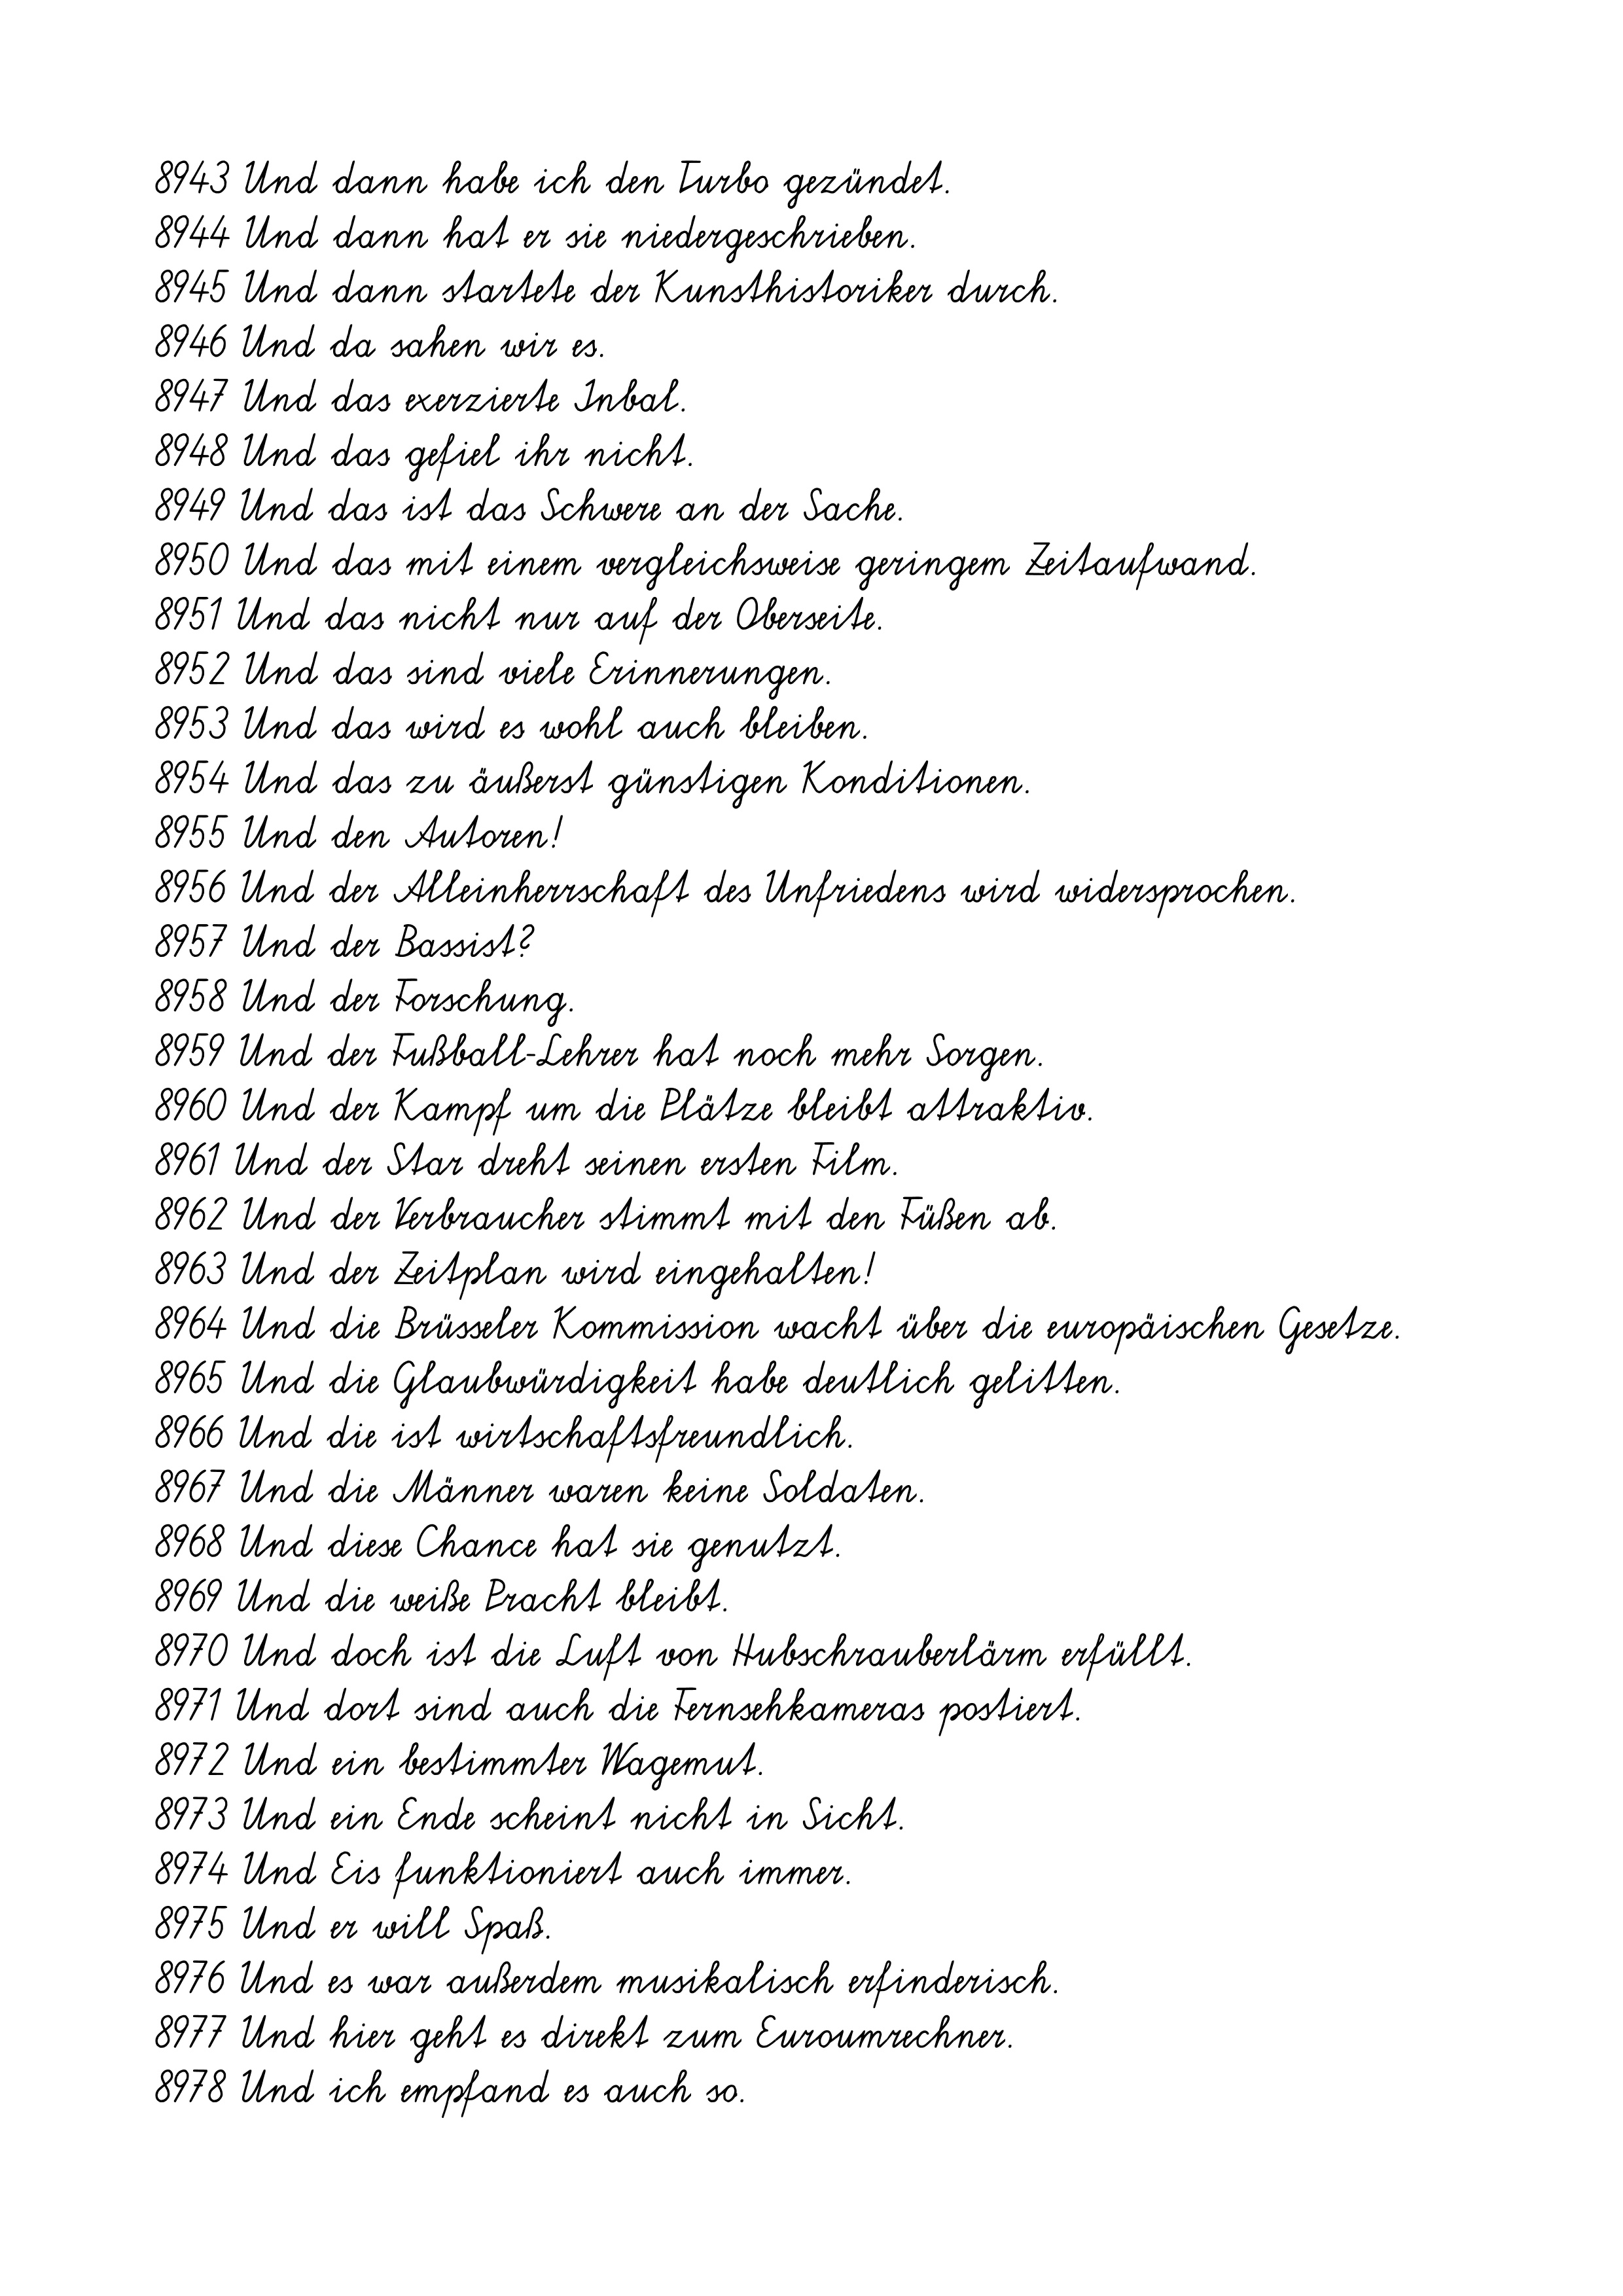
8943 Und dann habe ich den Turbo gezündet.
8944 Und dann hat er sie niedergeschrieben.
8945 Und dann startete der Kunsthistoriker durch.
8946 Und da sahen wir es.
8947 Und das exerzierte Inbal.
8948 Und das gefiel ihr nicht.
8949 Und das ist das Schwere an der Sache.
8950 Und das mit einem vergleichsweise geringem Zeitaufwand.
8951 Und das nicht nur auf der Oberseite.
8952 Und das sind viele Erinnerungen.
8953 Und das wird es wohl auch bleiben.
8954 Und das zu äußerst günstigen Konditionen.
8955 Und den Autoren!
8956 Und der Alleinherrschaft des Unfriedens wird widersprochen.
8957 Und der Bassist?
8958 Und der Forschung.
8959 Und der Fußball-Lehrer hat noch mehr Sorgen.
8960 Und der Kampf um die Plätze bleibt attraktiv.
8961 Und der Star dreht seinen ersten Film.
8962 Und der Verbraucher stimmt mit den Füßen ab.
8963 Und der Zeitplan wird eingehalten!
8964 Und die Brüsseler Kommission wacht über die europäischen Gesetze.
8965 Und die Glaubwürdigkeit habe deutlich gelitten.
8966 Und die ist wirtschaftsfreundlich.
8967 Und die Männer waren keine Soldaten.
8968 Und diese Chance hat sie genutzt.
8969 Und die weiße Pracht bleibt.
8970 Und doch ist die Luft von Hubschrauberlärm erfüllt.
8971 Und dort sind auch die Fernsehkameras postiert.
8972 Und ein bestimmter Wagemut.
8973 Und ein Ende scheint nicht in Sicht.
8974 Und Eis funktioniert auch immer.
8975 Und er will Spaß.
8976 Und es war außerdem musikalisch erfinderisch.
8977 Und hier geht es direkt zum Euroumrechner.
8978 Und ich empfand es auch so.